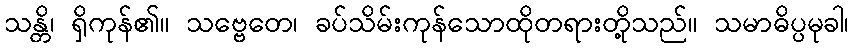
သန္တိ၊ ရှိကုန်၏။ သဗ္ဗေတေ၊ ခပ်သိမ်းကုန်သောထိုတရားတို့သည်။ သမာဓိပ္ပမုခါ၊